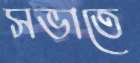
সভাতে